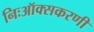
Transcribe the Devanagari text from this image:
निःऑक्सकरणी